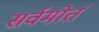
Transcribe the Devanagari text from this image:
सर्वमोतं